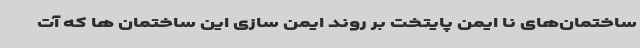
ساختمان‌های نا ایمن پایتخت بر روند ایمن سازی این ساختمان ها که آت